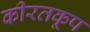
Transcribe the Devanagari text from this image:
कीरतकूप